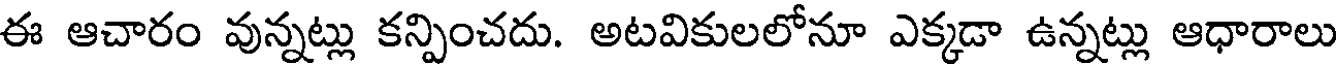
ఈ ఆచారం వున్నట్లు కన్పించదు. అటవికులలోనూ ఎక్కడా ఉన్నట్లు ఆధారాలు